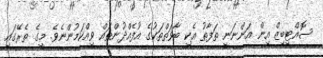
ސޮއްޓިބިޒް އިން އަންނަނީ ތަފާތު އެކި ބާވަތްތަކުގެ އުފެއްދުންތައް ވިއްކަމުންނެވެ. މީގެ ތެރޭގައި